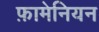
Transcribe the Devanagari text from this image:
फ़ामेनियन